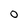
Character: O